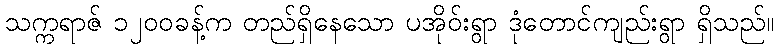
သက္ကရာဇ် ၁၂၀၀ခန့်က တည်ရှိနေသော ပအိုဝ်းရွာ ဒုံတောင်ကျည်းရွာ ရှိသည်။